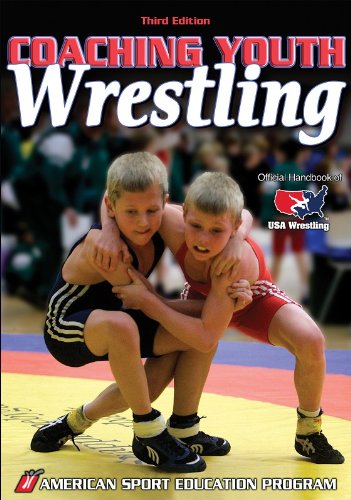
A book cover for Coaching Youth Wrestling - 3rd Edition (Coaching Youth Sports Series); American Sport Education Program; Sports & Outdoors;